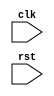
module AXI_Controller(
    input wire clk,
    input wire rst,
    // Add AXI bus signals here
);

// Timing control and synchronization logic here

endmodule